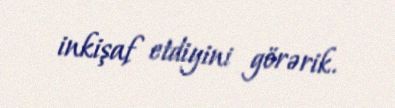
inkişaf etdiyini görərik.